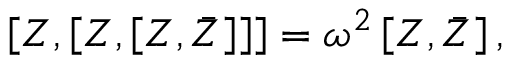
\left[ Z , \left[ Z , \left[ Z , \bar { Z } \right] \right] \right] = \omega ^ { 2 } \left[ Z , \bar { Z } \right] ,